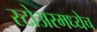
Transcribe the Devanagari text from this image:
स्टोअरमध्येच